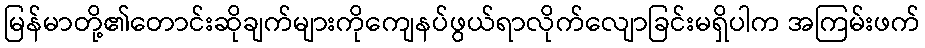
မြန်မာတို့၏တောင်းဆိုချက်များကိုကျေနပ်ဖွယ်ရာလိုက်လျောခြင်းမရှိပါက အကြမ်းဖက်